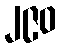
၂၉၀